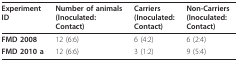
<table><thead><tr><td><b>ExperimentID</b></td><td><b>Number of animals(Inoculated:Contact)</b></td><td><b>Carriers(Inoculated:Contact)</b></td><td><b>Non-Carriers(Inoculated:Contact)</b></td></tr></thead><tbody><tr><td><b>FMD 2008</b></td><td>12 (6:6)</td><td>6 (4:2)</td><td>6 (2:4)</td></tr><tr><td><b>FMD 2010 a</b></td><td>12 (6:6)</td><td>3 (1:2)</td><td>9 (5:4)</td></tr></tbody></table>